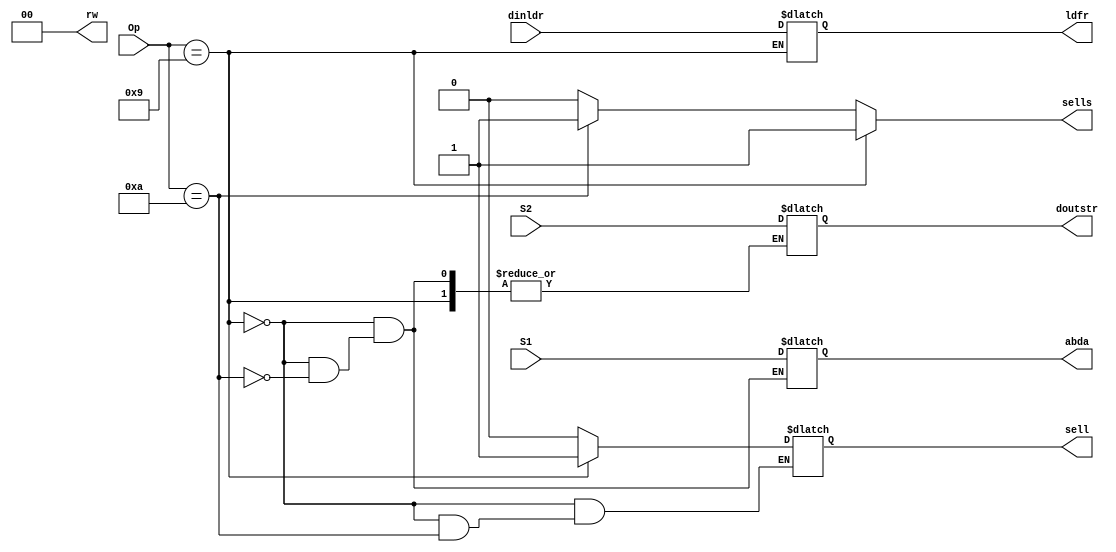
module memorycontrol ( Op, S1, S2, abda, sell, sells, rw, ldfr, doutstr, dinldr);
input [31:0] S1, S2, dinldr;
input [3:0] Op;
output reg sell, sells;
output reg [1:0] rw;
output reg [31:0] doutstr, abda, ldfr;

always @*
begin
	if (Op == 4'b1001)
	begin
		rw = 2'b01;
		sells = 1'b1;
		sell = 1'b1;
		abda = S1;
		ldfr = dinldr;
		rw = 2'b00;
	end
	else if (Op == 4'b1010)
	begin
		rw = 2'b10;
		sells = 1'b1;
		abda  = S1;
		doutstr = S2;
		rw = 2'b00;
	end
	else
	begin
		rw = 2'b00;
		sell = 1'b0;
		sells = 1'b0;	
	end

end

endmodule